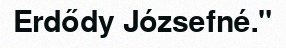
Erdődy Józsefné."